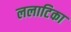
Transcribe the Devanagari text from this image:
ललाटिका